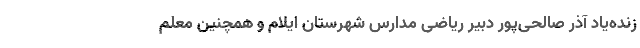
زنده‌یاد آذر صالحی‌پور دبیر ریاضی مدارس شهرستان ایلام و همچنین معلم